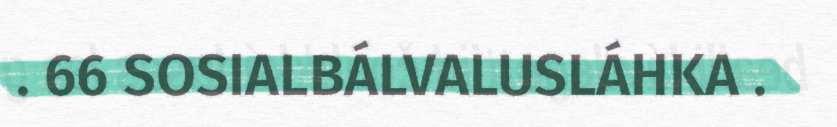
. 66 SOSIALBÁLVALUSLÁHKA .